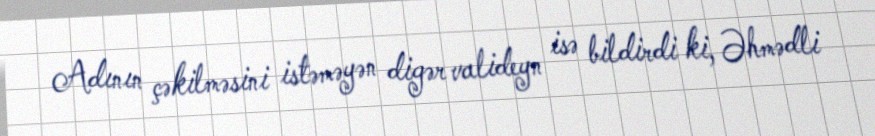
Adının çəkilməsini istəməyən digər valideyn isə bildirdi ki, Əhmədli